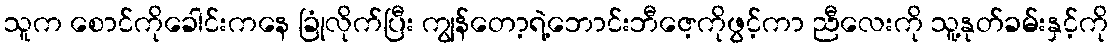
သူက စောင်ကိုခေါင်းကနေ ခြုံလိုက်ပြီး ကျွန်တော့ရဲ့ဘောင်းဘီဇေ့ကိုဖွင့်ကာ ညီလေးကို သူ့နုတ်ခမ်းနှင့်ကို